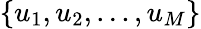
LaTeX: \{ u_{1},u_{2},...,u_{M}\}